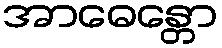
အာဓေန္တော